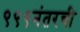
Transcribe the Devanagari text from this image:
९९९नंतरची